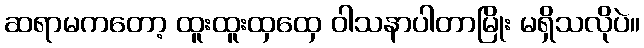
ဆရာမကတော့ ထူးထူးထှထှေ ဝါသနာပါတာမြိုး မရှိသလိုပဲ။